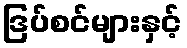
ဒြပ်စင်များနှင့်